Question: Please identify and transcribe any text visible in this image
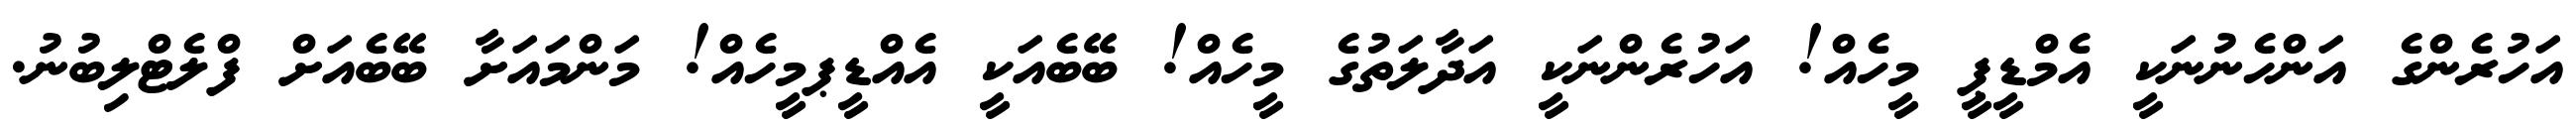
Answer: އަހުރެންގެ އަންހެނުނަކީ އެމްޑީޕީ މީހެއް! އަހުރެންނަކީ އަދާލަތުގެ މީހެއް! ބޭބެއަކީ އެއްޑީޕމީހެއް! މަންމައަށާ ބޭބެއަށް ފްލެޓްލިބުނު.